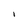
Character: i